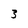
Character: 3